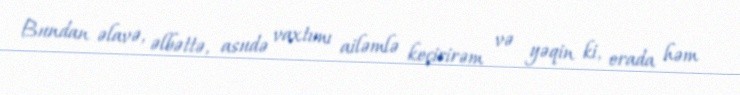
Bundan əlavə, əlbəttə, asudə vaxtımı ailəmlə keçirirəm və yəqin ki, orada həm